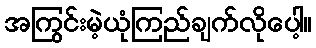
အကြွင်းမဲ့ယုံကြည်ချက်လိုပေါ့။